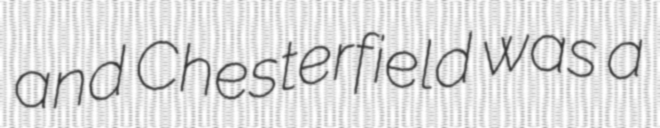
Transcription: and Chesterfield was a